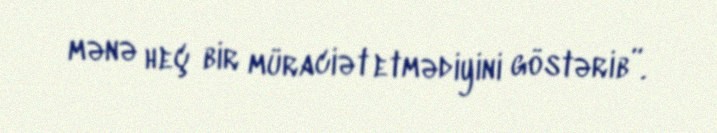
mənə heç bir müraciət etmədiyini göstərib”.